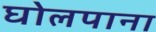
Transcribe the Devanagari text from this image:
घोलपाना